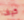
كيف